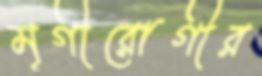
মৃগীরোগীর